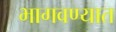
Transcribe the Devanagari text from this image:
भागवण्यात